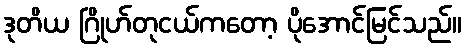
ဒုတိယ ဂြိုဟ်တုငယ်ကတော့ ပိုအောင်မြင်သည်။